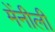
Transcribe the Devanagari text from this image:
मेंनीली